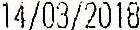
14/03/2018